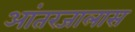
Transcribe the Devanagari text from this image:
आंतरजालास